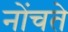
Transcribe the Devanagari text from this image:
नोंचते